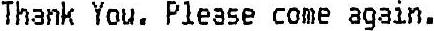
THANK YOU. PLEASE COME AGAIN.